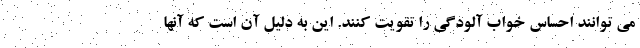
می توانند احساس خواب آلودگی را تقویت کنند. این به دلیل آن است که آنها